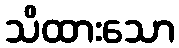
သိထားသော